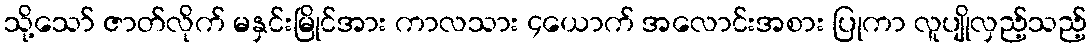
သို့သော် ဇာတ်လိုက် မနှင်းမြိုင်အား ကာလသား ၄ယောက် အလောင်းအစား ပြုကာ လူပျိုလှည့်သည့်